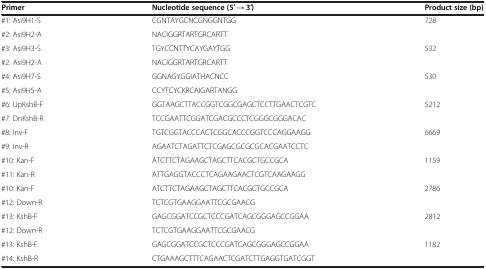
| Primer | Nucleotide sequence (5′ → 3′) | Product size (bp) |
 | --- | --- | --- |
 | #1: Asi9H1-S | CGNTAYGCNCGNGGNTGG | <ROWSPAN=2> 728 |
 | #2: Asi9H2-A | NACIGGRTARTGRCARTT |
 | #3: Asi9H3-S | TGYCCNTTYCAYGAYTGG | <ROWSPAN=2> 532 |
 | #2: Asi9H2-A | NACIGGRTARTGRCARTT |
 | #4: Asi9H7-S | GGNAGYGGIATHACNCC | <ROWSPAN=2> 530 |
 | #5: Asi9H5-A | CCYTCYCKRCAIGARTANGG |
 | #6: UpKshB-F | GGTAAGCTTACCGGTCGGCGAGCTCCTTGAACTCGTC | <ROWSPAN=2> 5212 |
 | #7: DnKshB-R | TCCGAATTCGGATCGACGCCCTCGGGCGGGACAC |
 | #8: Inv-F | TGTCGGTACCCACTCGGCACCCGGTCCCAGGAAGG | <ROWSPAN=2> 6669 |
 | #9: Inv-R | AGAATCTAGATTCTCGAGCGCGCGCACGAATCCTC |
 | #10: Kan-F | ATCTTCTAGAAGCTAGCTTCACGCTGCCGCA | <ROWSPAN=2> 1159 |
 | #11: Kan-R | ATTGAGGTACCCTCAGAAGAACTCGTCAAGAAGG |
 | #10: Kan-F | ATCTTCTAGAAGCTAGCTTCACGCTGCCGCA | <ROWSPAN=2> 2786 |
 | #12: Down-R | TCTCGTGAAGGAATTCGCGAACG |
 | #13: KshB-F | GAGCGGATCCGCTCCCGATCAGCGGGAGCCGGAA | <ROWSPAN=2> 2812 |
 | #12: Down-R | TCTCGTGAAGGAATTCGCGAACG |
 | #13: KshB-F | GAGCGGATCCGCTCCCGATCAGCGGGAGCCGGAA | <ROWSPAN=2> 1182 |
 | #14: KshB-R | CTGAAAGCTTTCAGAACTCGATCTTGAGGTGATCGGT |